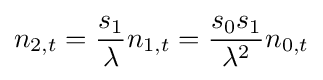
n_{2,t}={\frac {s_{1}}{\lambda }}n_{1,t}={\frac {s_{0}s_{1}}{\lambda ^{2}}}n_{0,t}